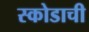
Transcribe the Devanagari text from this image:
स्कोडाची